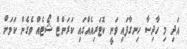
އަދި މި ހާދިސާ ހިނގާފައި ވަނީ ކޮޓަރިއެއްގައި ކަރަންޓް ޝޯޓެއް ވެގެން ކަމަށް